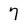
Character: 7